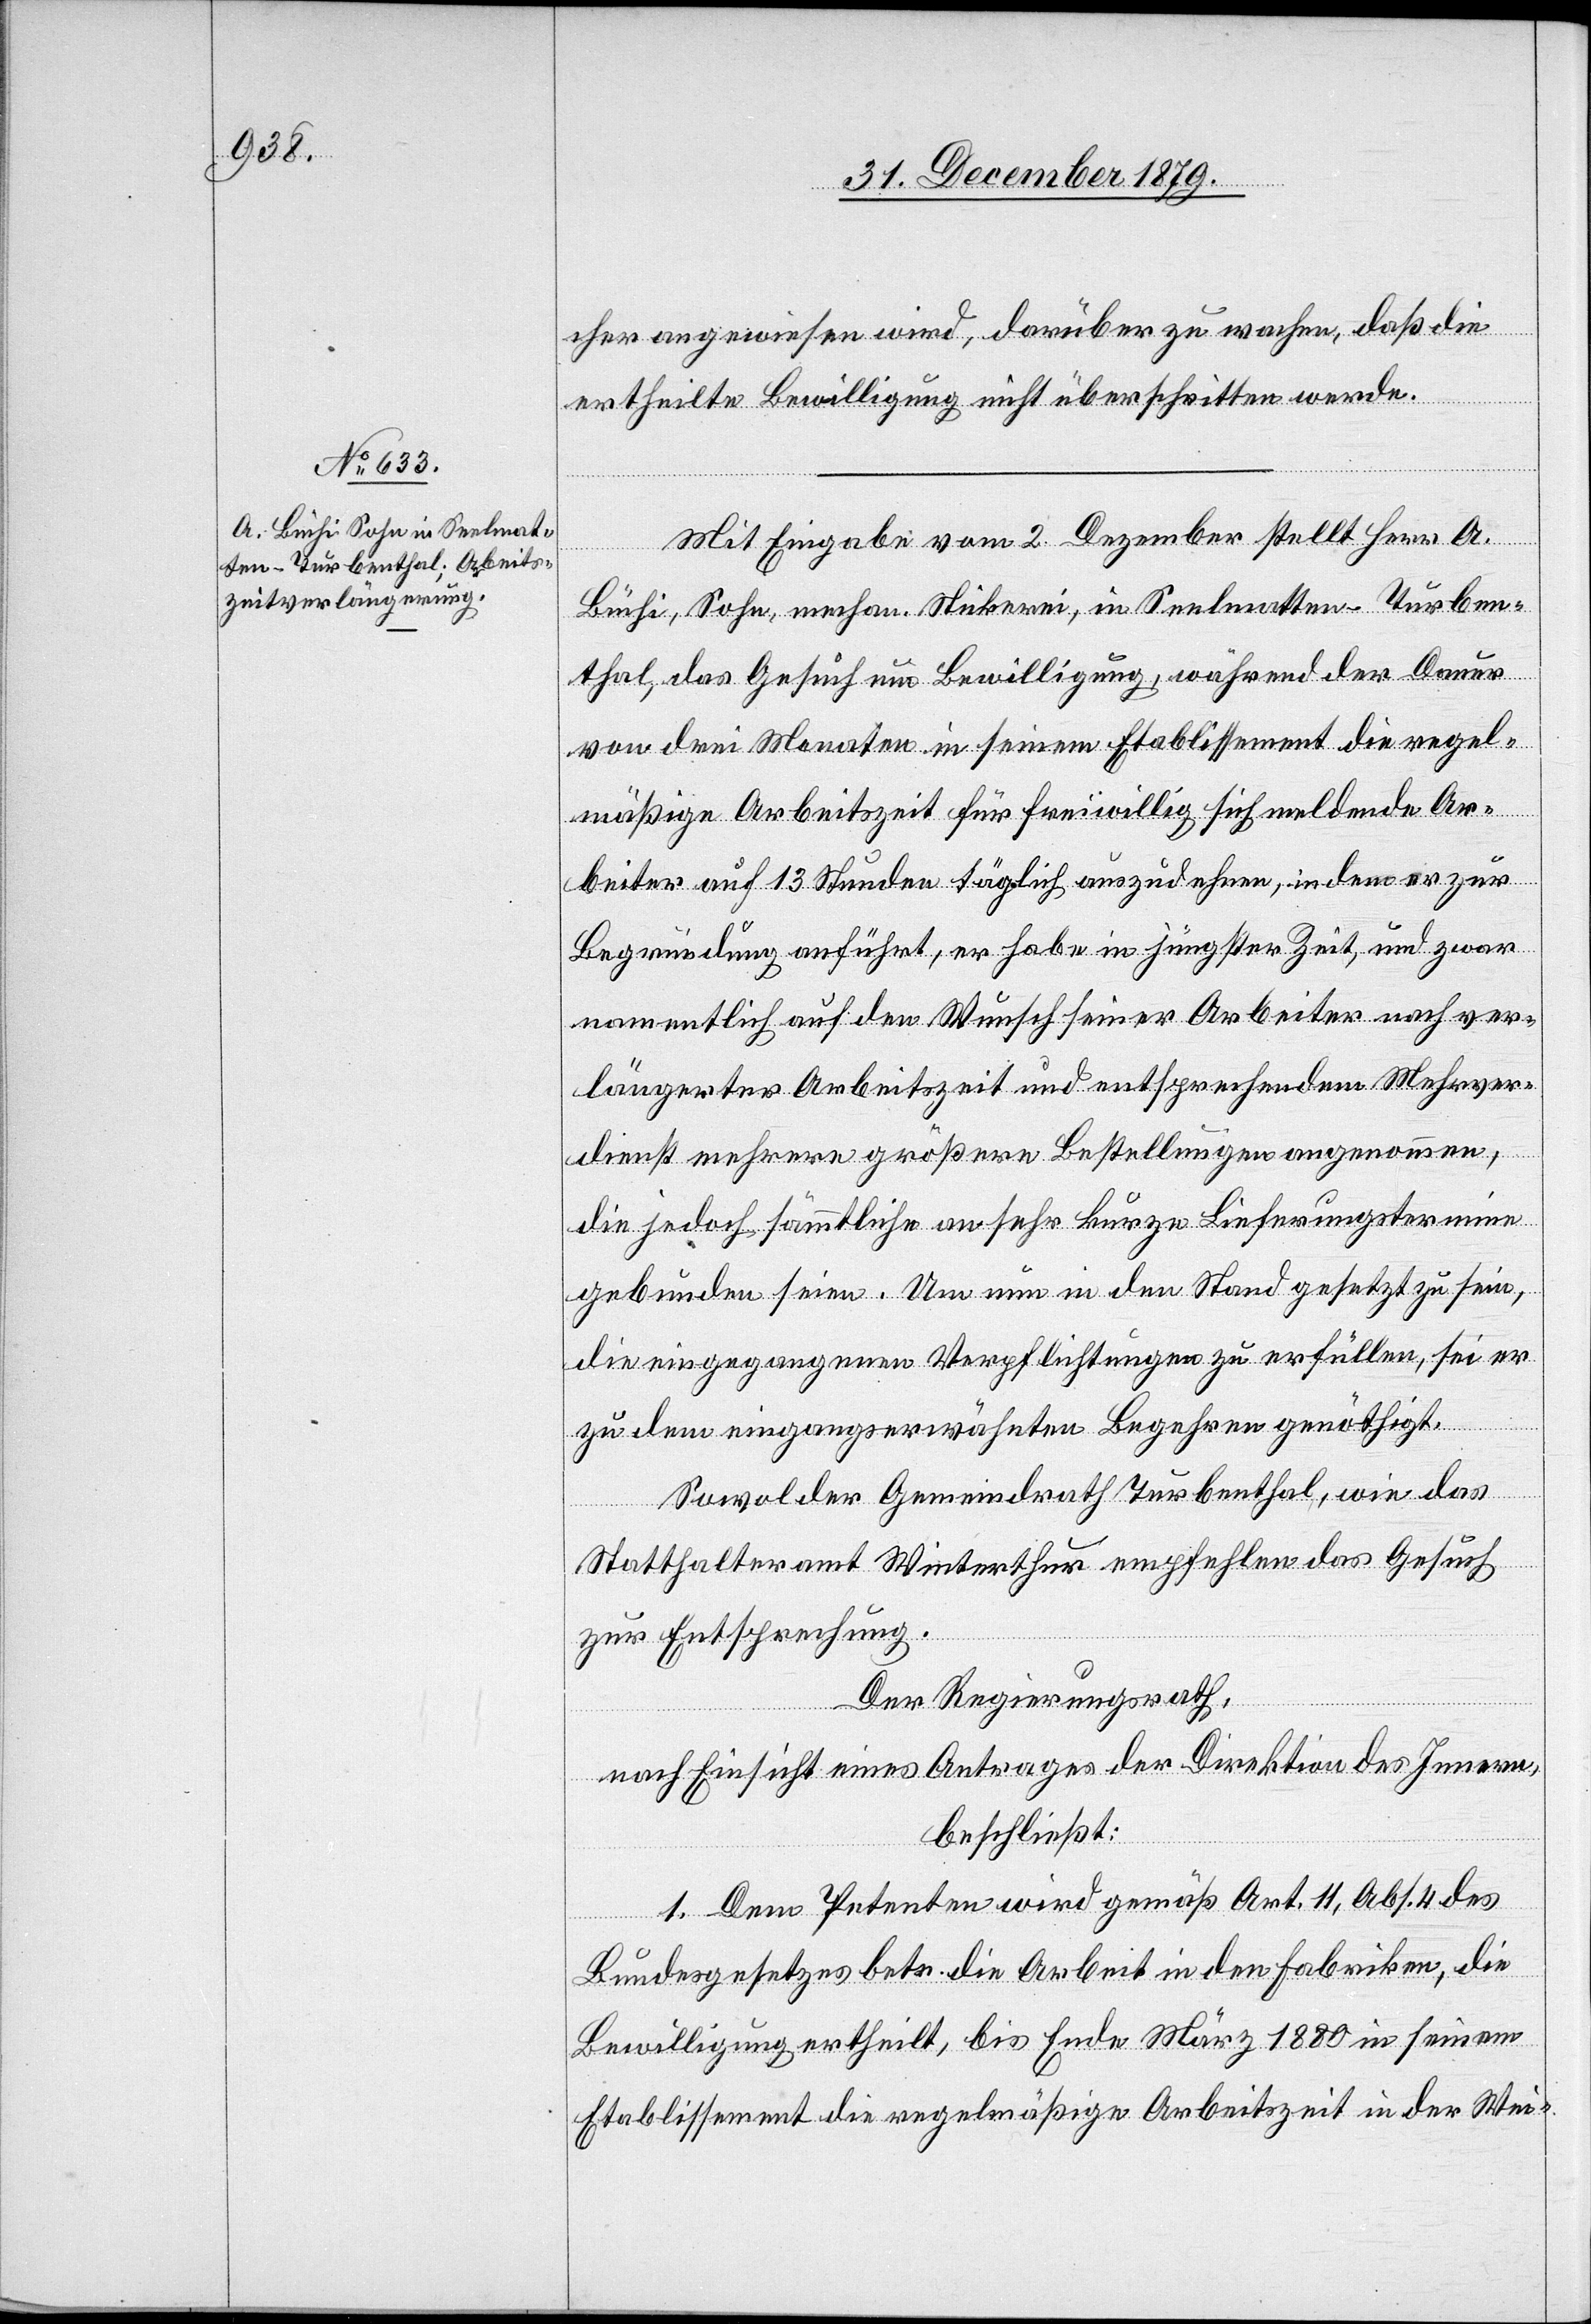
cher angewiesen wird, darüber zu wachen, daß die
ertheilte Bewilligung nicht überschritten werde.
Mit Eingabe vom 2. Dezember stellt Herr A.
Büchi, Sohn, mechan. Stickerei, in Seelmatten - Turben¬
thal, das Gesuch um Bewilligung, während der Dauer
von drei Monaten in seinem Etablissement die regel¬
mäßige Arbeitszeit für freiwillig sich meldende Ar¬
beiter auf 13 Stunden täglich auszudehnen, in dem er zur
Begründung anführt, er habe in jüngster Zeit, und zwar
namentlich auf den Wunsch seiner Arbeiter nach ver¬
längerter Arbeitszeit und entsprechendem Mehrver¬
dienst mehrere größere Bestellungen angenommen,
die jedoch sämmtliche an sehr kurze Lieferungstermine
gebunden seien. Um nun in den Stand gesetzt zu sein,
die eingegangenen Verpflichtungen zu erfüllen, sei er
zu dem eingangserwähnten Begehren genöthigt.
Sowol der Gemeindrath Turbenthal, wie das
Statthalteramt Winterthur empfehlen das Gesuch
zur Entsprechung.
Der Regierungsrath,
nach Einsicht eines Antrages der Direktion des Innern,
beschließt:
1. Dem Petenten wird gemäß Art. 11, Abs. 4 des
Bundesgesetzes betr. die Arbeit in den Fabriken, die
Bewilligung ertheilt, bis Ende März 1880 in seinem
Etablissement die regelmäßige Arbeitszeit in der Wei-